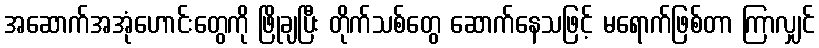
အဆောက်အအုံဟောင်းတွေကို ဖြိုချပြီး တိုက်သစ်တွေ ဆောက်နေသဖြင့် မရောက်ဖြစ်တာ ကြာလျှင်